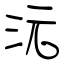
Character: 沅